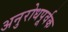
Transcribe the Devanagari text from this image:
अनुरोधपूर्वक